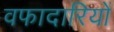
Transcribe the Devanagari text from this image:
वफादारियों